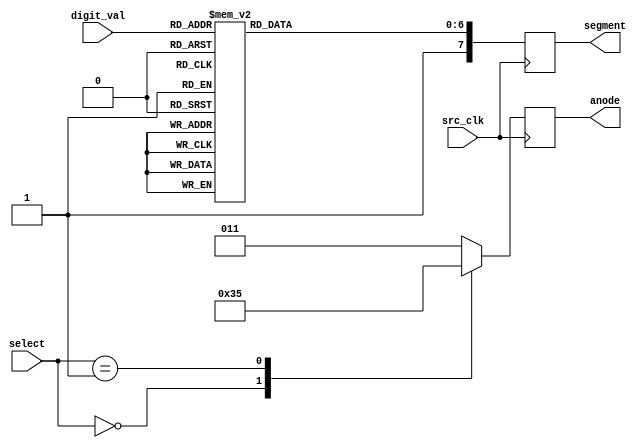
`timescale 1ns / 1ps

module display_digit(input [1:0] select,
    input [3:0] digit_val,
    //input dp,
	 input src_clk,
	 //input src_rst,
	 output reg [2:0]anode,
	 output reg [7:0]segment
    );
	
	always @ (posedge src_clk)
	begin
		// anode
		case(select)
			0:	anode <= 3'b110;
			1: anode <= 3'b101;
			default: anode <= 3'b011;
			//2: anode <= 4'b1011;
			//default: anode <= 4'b0111;
		endcase
				
		//cathodes
		case(digit_val)
			0:	segment[6:0] <= 7'b1000000; // DP CG CF CE CD CC CB CA 
			1:	segment <= 7'b1111001;
			2:	segment <= 7'b0100100; 
			3:	segment <= 7'b0110000;
			4:	segment <= 7'b0011001;
			5:	segment <= 7'b0010010; 
			6:	segment <= 7'b0000010; 
			7:	segment <= 7'b1111000; 
			8:	segment <= 7'b0000000;
			default: segment <= 7'b0011000;
		endcase	
		
		// Set decimal point
		//segment[7] <= ~dp;
		segment[7] <= 1'b1;
		
		
	end
endmodule